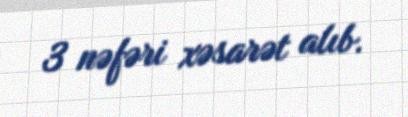
3 nəfəri xəsarət alıb.